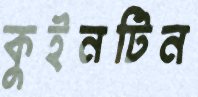
কুইনটিন